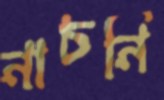
নাচনি